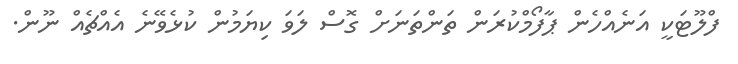
ފްލޫޓަކީ އަނެއްހެން ޕާފޯމްކުރަން ތަންތަނަށް ގޮސް ލަވަ ކިޔަމުން ކުޅެވޭނެ އެއްޗެއް ނޫން.